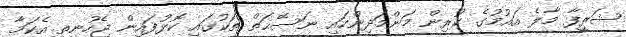
ޝަރީފާ މާލެ އައުމުގެ ކުރިން މަންމަދިންހައި ނަސޭޙަތް ތަކުގައި ކޮޅުފައިން ޖެހުނިތީ އެކަމާ